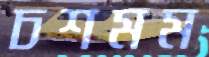
চশমম